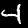
Digit: 4